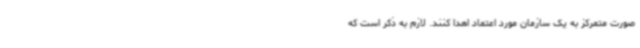
صورت متمرکز به یک سازمان مورد اعتماد اهدا کنند. لازم به ذکر است که